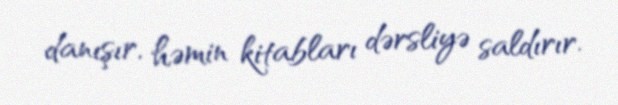
danışır, həmin kitabları dərsliyə saldırır.